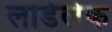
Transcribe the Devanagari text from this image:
लार्डलेक